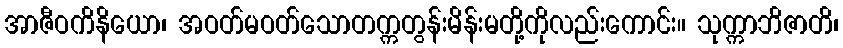
အာဇီဝကိနိယော၊ အဝတ်မဝတ်သောတက္ကတွန်းမိန်းမတို့ကိုလည်းကောင်း။ သုက္ကာဘိဇာတိ၊